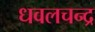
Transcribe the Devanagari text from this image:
धवलचन्द्र